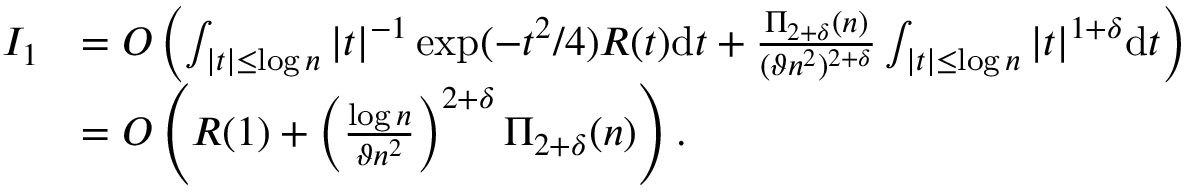
\begin{array} { r l } { I _ { 1 } } & { = O \left( \int _ { | t | \leq \log n } | t | ^ { - 1 } \exp ( - t ^ { 2 } / 4 ) R ( t ) \mathrm { d } t + \frac { \Pi _ { 2 + \delta } ( n ) } { ( \vartheta n ^ { 2 } ) ^ { 2 + \delta } } \int _ { | t | \leq \log n } | t | ^ { 1 + \delta } \mathrm { d } t \right) } \\ & { = O \left( R ( 1 ) + \left( \frac { \log n } { \vartheta n ^ { 2 } } \right) ^ { 2 + \delta } \Pi _ { 2 + \delta } ( n ) \right) . } \end{array}